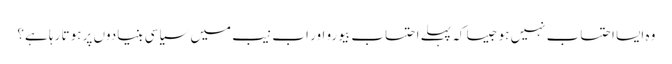
وہ ایسا احتساب نہیں ہو جیسا کہ پہلے احتساب بیورو اور اب نیب میں سیاسی بنیادوں پر ہوتا رہا ہے؟